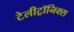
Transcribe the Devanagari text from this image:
टेलीट्रॉनिक्स